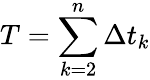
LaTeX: T=\sum_{k=2}^{n}\Delta{t}_{k}